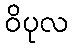
ဝိပုလ